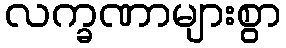
လက္ခဏာများစွာ